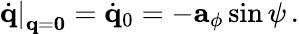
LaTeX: \left.\dot{\mathbf q}\right|_{{\mathbf q}={\mathbf 0}}=\dot{\mathbf q}_{0}=-{\mathbf a}_{\phi}\sin\psi\, .